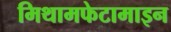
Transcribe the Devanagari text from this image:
मिथामफेटामाइन